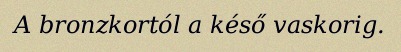
A bronzkortól a késő vaskorig.